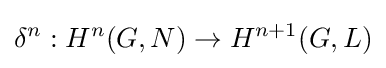
\delta ^{n}:H^{n}(G,N)\to H^{n+1}(G,L)